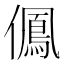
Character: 𠏵